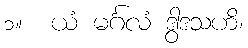
၁။  ယံ မင်္ဂလံ ဒွါဒသဟိ၊